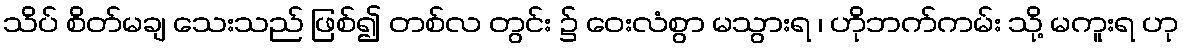
သိပ် စိတ်မချ သေးသည် ဖြစ်၍ တစ်လ တွင်း ၌ ဝေးလံစွာ မသွားရ ၊ ဟိုဘက်ကမ်း သို့ မကူးရ ဟု